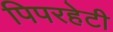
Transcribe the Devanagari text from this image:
पिपरहेटी